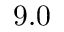
9 . 0